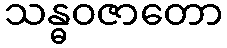
သန္ဓဝဇာတော